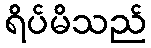
ရိပ်မိသည်